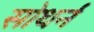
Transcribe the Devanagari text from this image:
सोथर्न